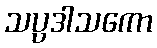
သပ္ပဒါသကော